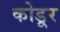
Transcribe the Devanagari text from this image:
कोडूर